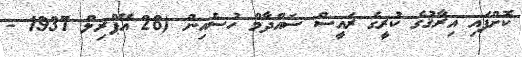
ކޮށްފައި އިރާޤުގެ ކުރީގެ ރައީސް ސައްދާމް ހުސެއިން (28 އޭޕްރިލް 1937 -